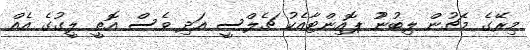
މިރޭގެ މެޗުން ލިބުނުު ޕޮއިންޓާއެކު ޗެލްސީ އަދި ވެސް އޮތީ ލީގުގެ އެއް